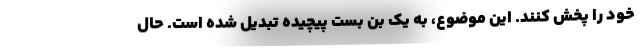
خود را پخش کنند. این موضوع، به یک بن بست پیچیده تبدیل شده است. حال